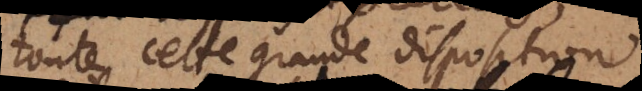
toute cette grande disposition